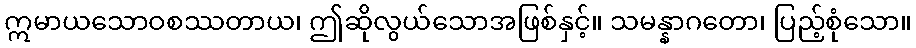
ဣမာယသောဝစဿတာယ၊ ဤဆိုလွယ်သောအဖြစ်နှင့်။ သမန္နာဂတော၊ ပြည့်စုံသော။